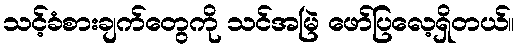
သင့်ခံစားချက်တွေကို သင်အမြဲ ဖော်ပြလေ့ရှိတယ်။